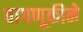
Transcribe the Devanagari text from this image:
वागणूकीने